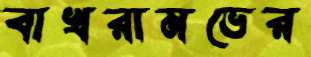
বাখরামভের